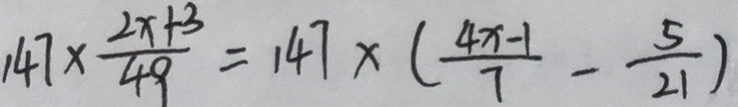
1 4 7 \times \frac { 2 x + 3 } { 4 9 } = 1 4 7 \times ( \frac { 4 x - 1 } { 7 } - \frac { 5 } { 2 1 } )